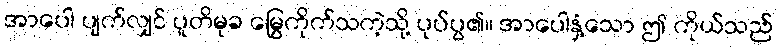
အာပေါ ပျက်လျှင် ပူတိမုခ မြွေကိုက်သကဲ့သို့ ပုပ်ပွ၏။ အာပေါနှံ့သော ဤ ကိုယ်သည်